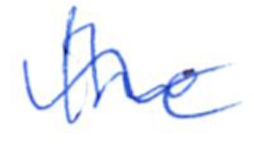
Text: the
Cross-out: wave
Writing tool: ballpoint